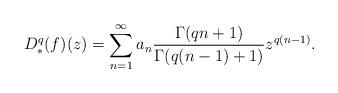
LaTeX: \begin{align*} D^q_*(f)(z)=\sum_{n=1}^{\infty}a_n\frac{\Gamma(qn+1)}{\Gamma(q(n-1)+1)} z^{q(n-1)}.\end{align*}